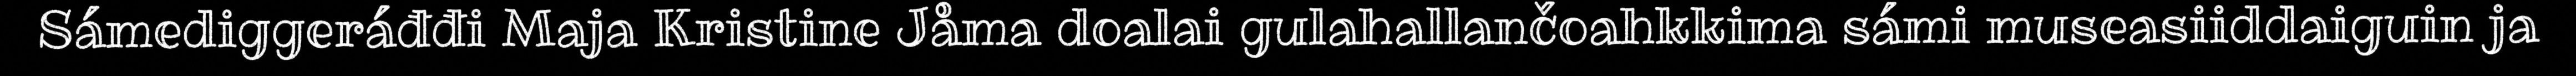
Sámediggeráđđi Maja Kristine Jåma doalai gulahallančoahkkima sámi museasiiddaiguin ja